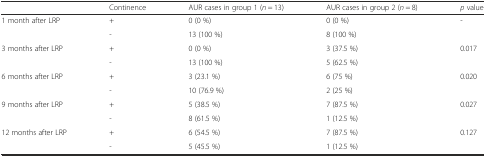
|  | Continence | AUR cases in group 1 (n = 13) | AUR cases in group 2 (n = 8) | p value |
 | --- | --- | --- | --- | --- |
 | 1 month after LRP | + | 0 (0 %) | 0 (0 %) | - |
 |  | - | 13 (100 %) | 8 (100 %) |  |
 | 3 months after LRP | + | 0 (0 %) | 3 (37.5 %) | 0.017 |
 |  | - | 13 (100 %) | 5 (62.5 %) |  |
 | 6 months after LRP | + | 3 (23.1 %) | 6 (75 %) | 0.020 |
 |  | - | 10 (76.9 %) | 2 (25 %) |  |
 | 9 months after LRP | + | 5 (38.5 %) | 7 (87.5 %) | 0.027 |
 |  | - | 8 (61.5 %) | 1 (12.5 %) |  |
 | 12 months after LRP | + | 6 (54.5 %) | 7 (87.5 %) | 0.127 |
 |  | - | 5 (45.5 %) | 1 (12.5 %) |  |